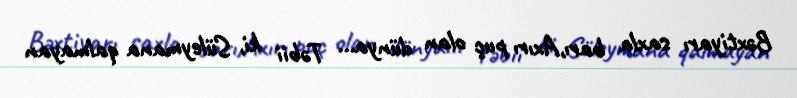
Bəxtiyarı saxla barı,Axırı puç olan dünya... Təbii ki, Süleymana qalmayan